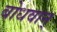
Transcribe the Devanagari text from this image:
बोधवान्